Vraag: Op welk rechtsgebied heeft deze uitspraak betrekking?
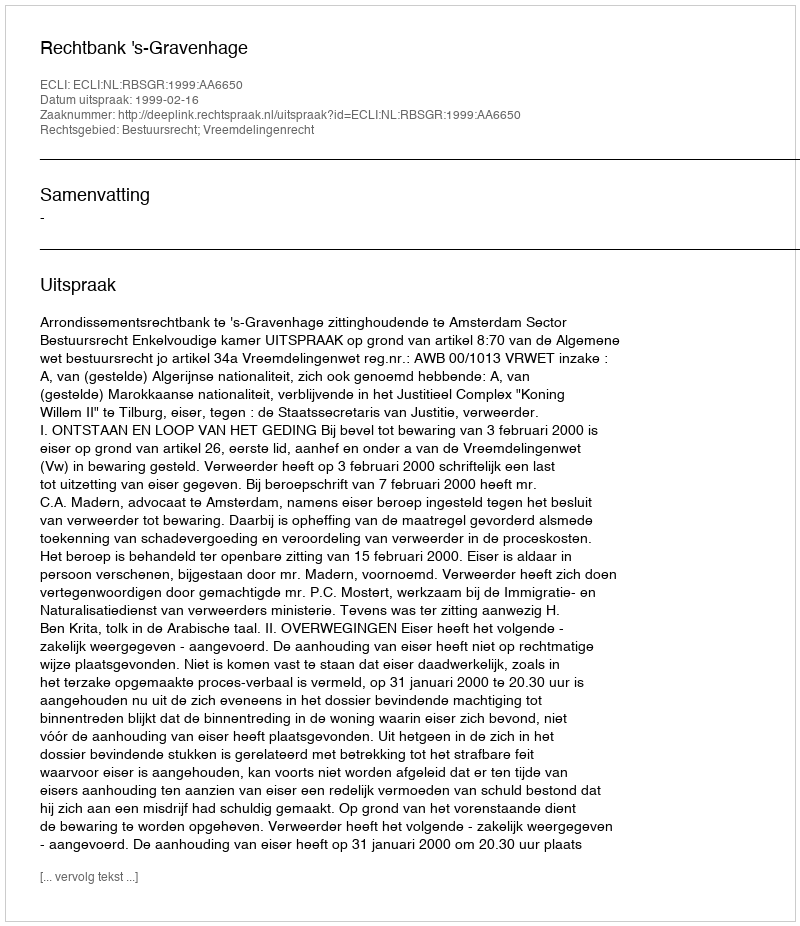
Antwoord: Bestuursrecht; Vreemdelingenrecht